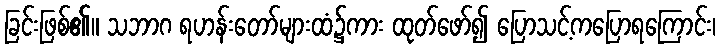
ခြင်းဖြစ်၏။ သဘာဂ ရဟန်းတော်များထံ၌ကား ထုတ်ဖော်၍ ပြောသင့်ကပြောရကြောင်း၊